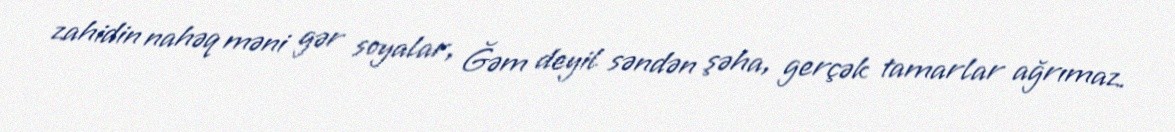
zahidin nahəq məni gər soyalar, Ğəm deyil səndən şəha, gerçək tamarlar ağrımaz.